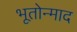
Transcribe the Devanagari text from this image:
भूतोन्माद